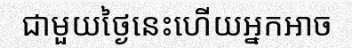
ជាមួយថ្ងៃនេះហើយអ្នកអាច